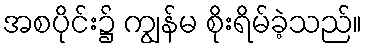
အစပိုင်း၌ ကျွန်မ စိုးရိမ်ခဲ့သည်။